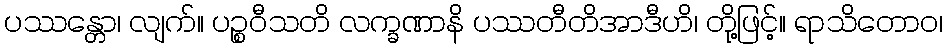
ပဿန္တော၊ လျက်။ ပဉ္စဝီသတိ လက္ခဏာနိ ပဿတီတိအာဒီဟိ၊ တို့ဖြင့်။ ရာသိတောဝ၊